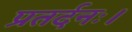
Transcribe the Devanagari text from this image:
प्रतर्दनः।